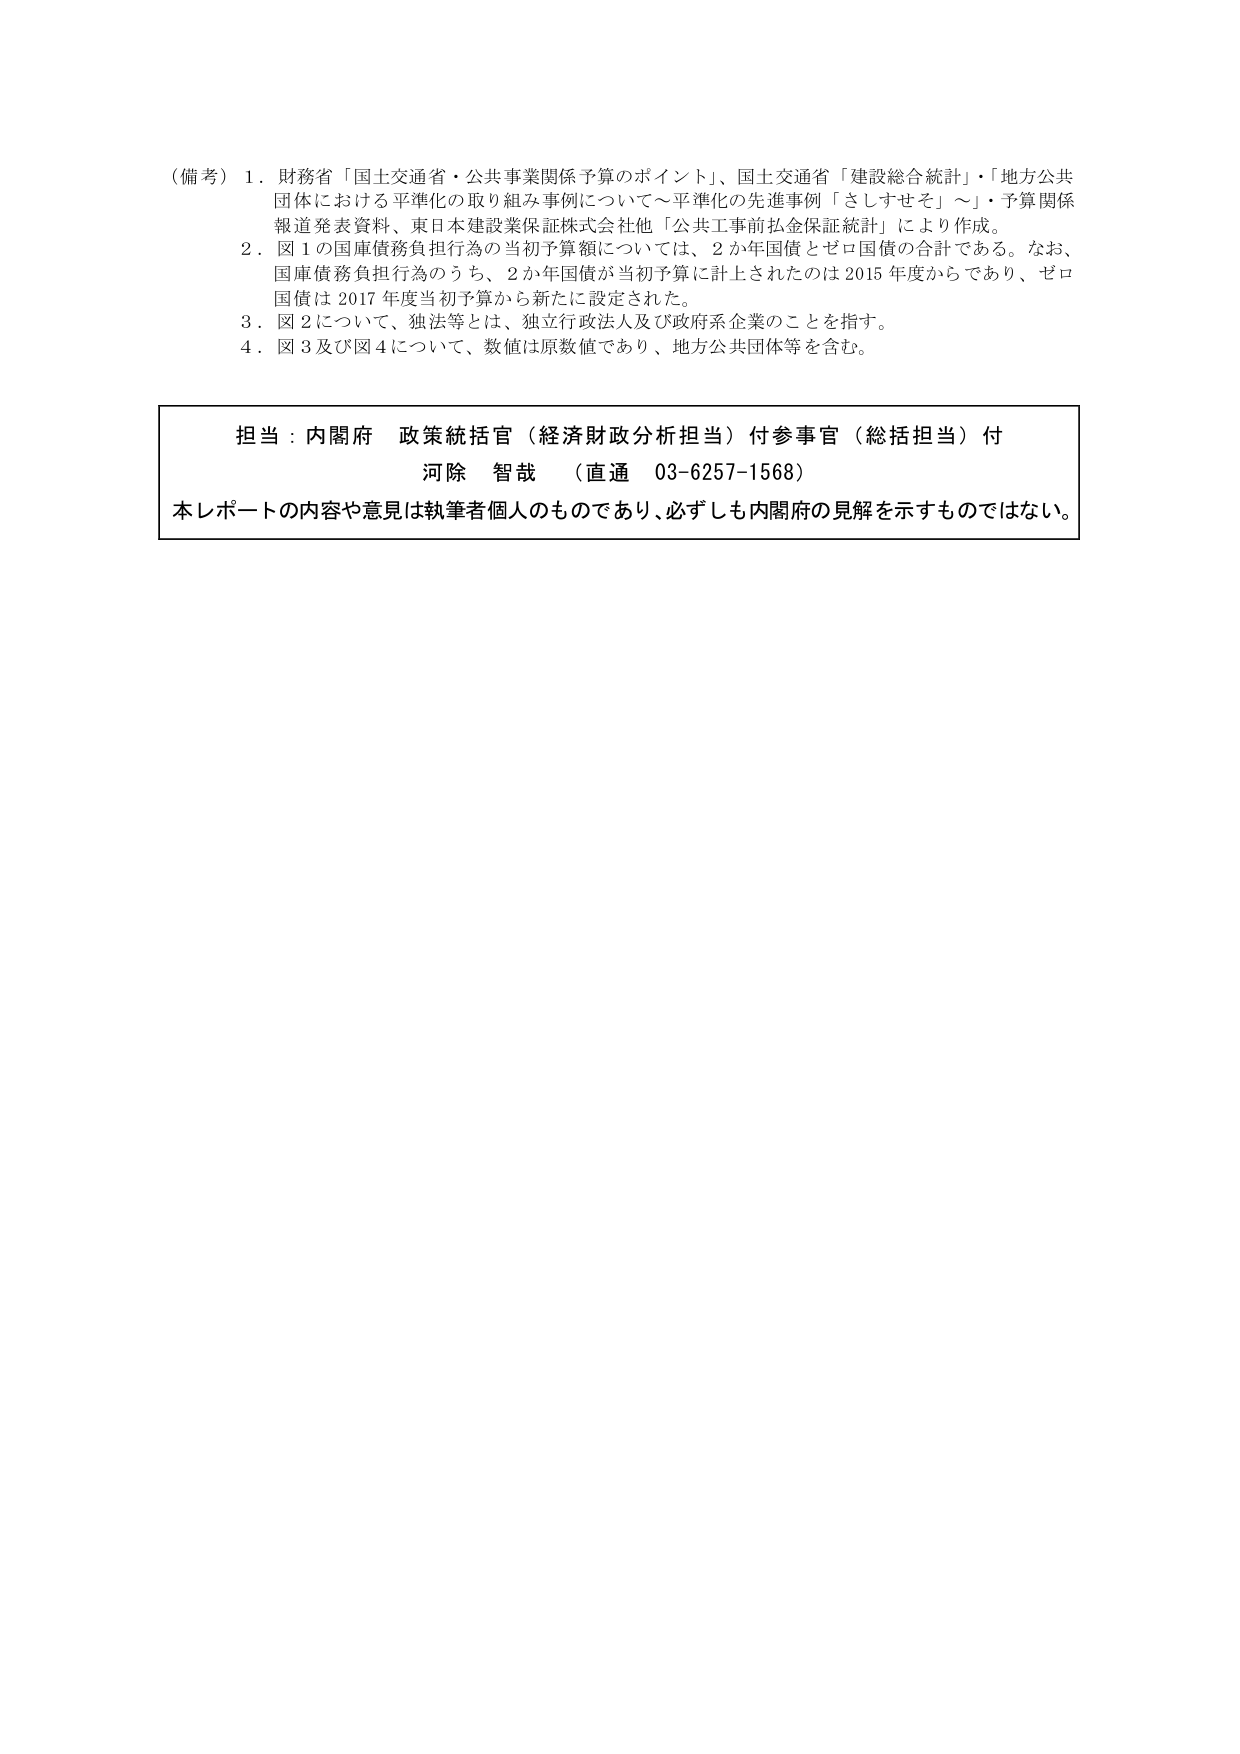
（備考）１．財務省「国土交通省・公共事業関係予算のポイント」、国土交通省「建設総合統計」・「地方公共団体における平準化の取り組み事例について～平準化の先進事例「さしすせそ」～」・予算関係報道発表資料、東日本建設業保証株式会社他「公共工事前払金保証統計」により作成。
２．図１の国庫債務負担行為の当初予算額については、２か年国債とゼロ国債の合計である。なお、国庫債務負担行為のうち、２か年国債が当初予算に計上されたのは2015年度からであり、ゼロ国債は2017年度当初予算から新たに設定された。
３．図２について、独法等とは、独立行政法人及び政府系企業のことを指す。
４．図３及び図４について、数値は原数値であり、地方公共団体等を含む。

担当：内閣府 政策統括官（経済財政分析担当）付参事官（総括担当）付
河除 智哉 （直通 03-6257-1568）
本レポートの内容や意見は執筆者個人のものであり、必ずしも内閣府の見解を示すものではない。